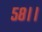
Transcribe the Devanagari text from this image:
५८।।